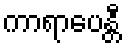
ကာရာပေန္တီ